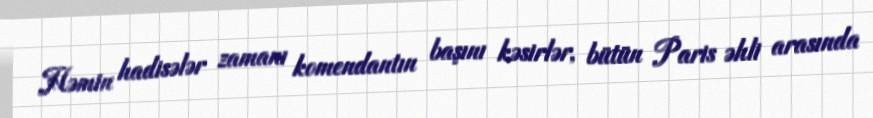
Həmin hadisələr zamanı komendantın başını kəsirlər, bütün Paris əhli arasında